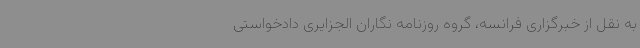
به نقل از خبرگزاری فرانسه، گروه روزنامه نگاران الجزایری دادخواستی